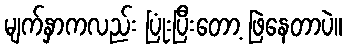
မျက်နှာကလည်း ပြုံးပြီးတော့ ဖြဲနေတာပဲ။